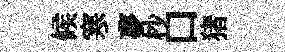
候寒夢杪口猪